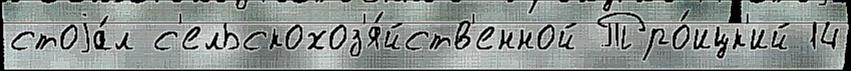
стоjа́л с'ельскохоз'я́йств'енной Тро́ицк'ий 14